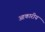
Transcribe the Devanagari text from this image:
आकारीय